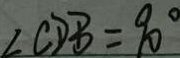
\angle C D B = 9 0 ^ { \circ }